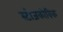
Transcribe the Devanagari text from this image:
स्टोजकोविक